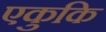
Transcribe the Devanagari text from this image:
एकुकि